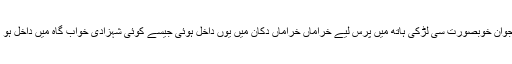
ایک نوجوان خوبصورت سی لڑکی ہاتھ میں پرس لیے خراماں خراماں دُکان میں یوں داخل ہوئی جیسے کوئی شہزادی خواب گاہ میں داخل ہو رہی ہو۔